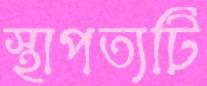
স্থাপত্যটি